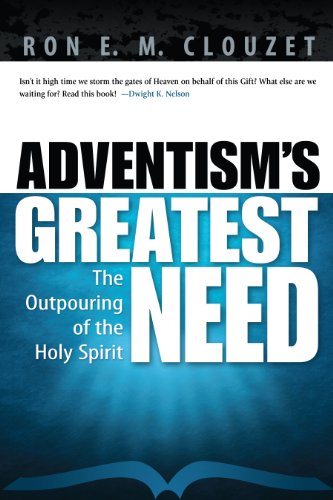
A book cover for Adventism's Greatest Need; Ron Clouzet; Christian Books & Bibles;